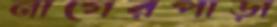
নাগেরপাড়া